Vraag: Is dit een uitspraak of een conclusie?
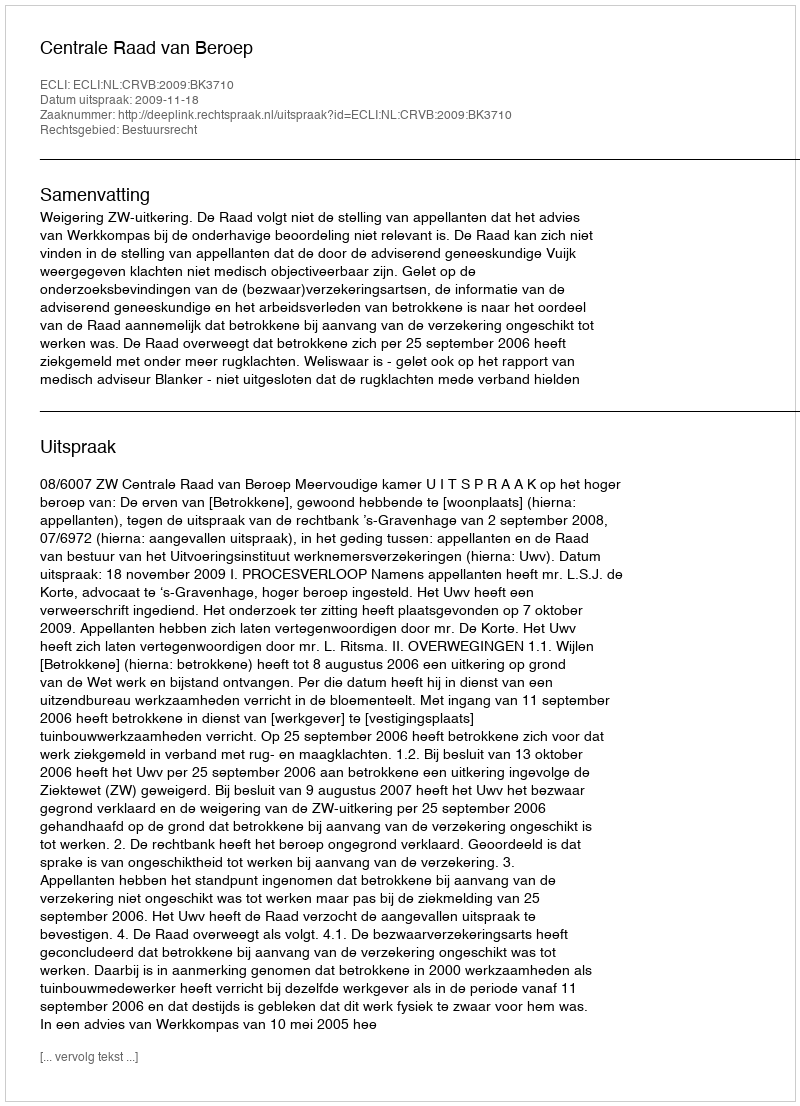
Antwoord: Uitspraak